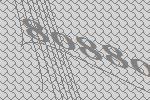
80880